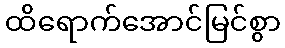
ထိရောက်အောင်မြင်စွာ